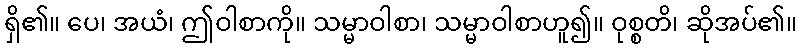
ရှိ၏။ ပေ၊ အယံ၊ ဤဝါစာကို။ သမ္မာဝါစာ၊ သမ္မာဝါစာဟူ၍။ ဝုစ္စတိ၊ ဆိုအပ်၏။